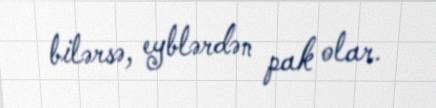
bilərsə, eyblərdən pak olar.